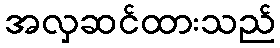
အလှဆင်ထားသည်